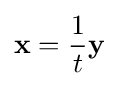
\mathbf {x} ={\frac {1}{t}}\mathbf {y}